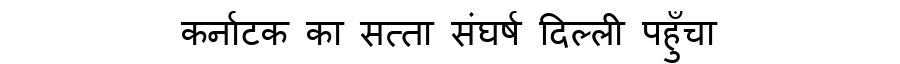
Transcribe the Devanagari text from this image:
कर्नाटक का सत्ता संघर्ष दिल्ली पहुँचा